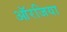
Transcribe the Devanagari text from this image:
ऑरजिया